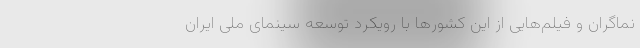
نماگران و فیلم‌هایی از این کشورها با رویکرد توسعه سینمای ملی ایران